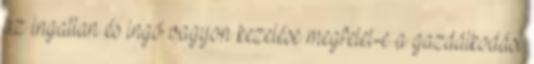
az ingatlan és ingó vagyon kezelése megfelel-e a gazdálkodási